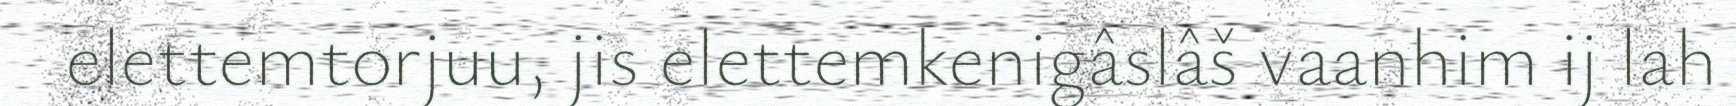
elettemtorjuu, jis elettemkenigâslâš vaanhim ij lah